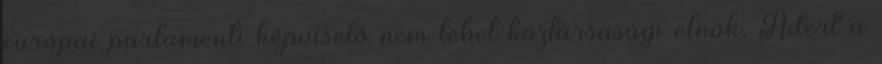
európai parlamenti képviselő nem lehet köztársasági elnök. Ádert a